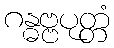
ဂန္ဓဗ္ဗပုတ္တံ